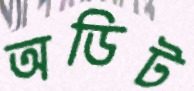
অডিট